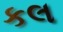
કલ